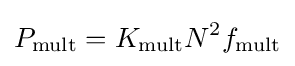
\displaystyle P_{\text{mult}}=K_{\text{mult}}N^{2}f_{\text{mult}}